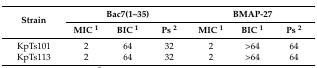
<table><thead><tr><td rowspan="2"><b>Strain</b></td><td colspan="3"><b>Bac7(1–35)</b></td><td colspan="3"><b>BMAP-27</b></td></tr><tr><td><b>MIC <sup>1</sup></b></td><td><b>BIC <sup>1</sup></b></td><td><b>Ps <sup>2</sup></b></td><td><b>MIC <sup>1</sup></b></td><td><b>BIC <sup>1</sup></b></td><td><b>Ps <sup>2</sup></b></td></tr></thead><tbody><tr><td>KpTs101</td><td>2</td><td>64</td><td>32</td><td>2</td><td>&gt;64</td><td>64</td></tr><tr><td>KpTs113</td><td>2</td><td>64</td><td>32</td><td>2</td><td>&gt;64</td><td>64</td></tr></tbody></table>